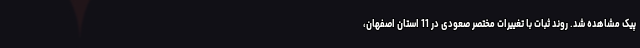
پیک مشاهده شد. روند ثبات با تغییرات مختصر صعودی در 11 استان اصفهان،